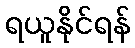
ရယူနိုင်ရန်